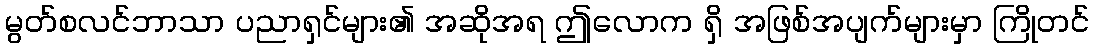
မွတ်စလင်ဘာသာ ပညာရှင်များ၏ အဆိုအရ ဤလောက ရှိ အဖြစ်အပျက်များမှာ ကြိုတင်